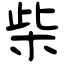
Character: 柴